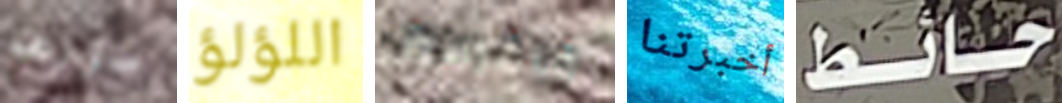
صورهم اللؤلؤ جيفرسون أخبرتنا حائط